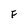
Character: F